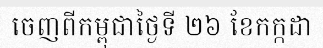
ចេញពីកម្ពុជាថ្ងៃទី ២៦ ខែកក្កដា